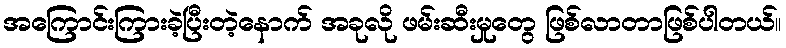
အကြောင်းကြားခဲ့ပြီးတဲ့နောက် အခုလို ဖမ်းဆီးမှုတွေ ဖြစ်လာတာဖြစ်ပါတယ်။